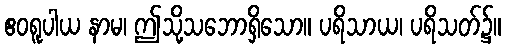
ဧဝရူပါယ နာမ၊ ဤသို့သဘောရှိသော။ ပရိသာယ၊ ပရိသတ်၌။